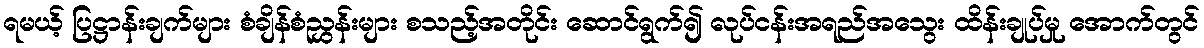
ရမယ့် ပြဋ္ဌာန်းချက်များ စံချိန်စံညွှန်းများ စသည့်အတိုင်း ဆောင်ရွက်၍ လုပ်ငန်းအရည်အသွေး ထိန်းချုပ်မှု အောက်တွင်